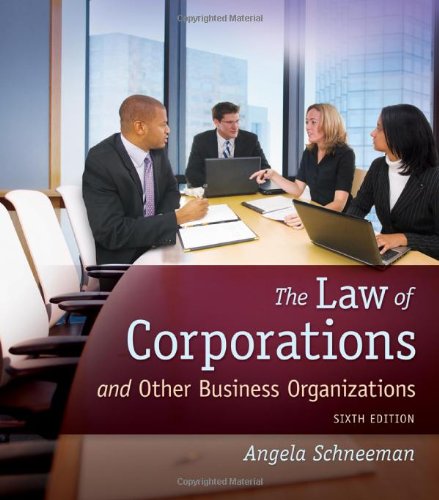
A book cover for The Law of Corporations and Other Business Organizations; Angela Schneeman; Law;